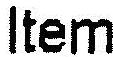
ITEM